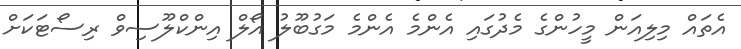
އެތައް މިލިއަން މީހުންގެ މެދުގައި އެންމެ އެންމެ މަގުބޫލު އޯލް އިންކްލޫސިވް ރިސޯޓަކަށް